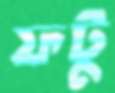
ফটু